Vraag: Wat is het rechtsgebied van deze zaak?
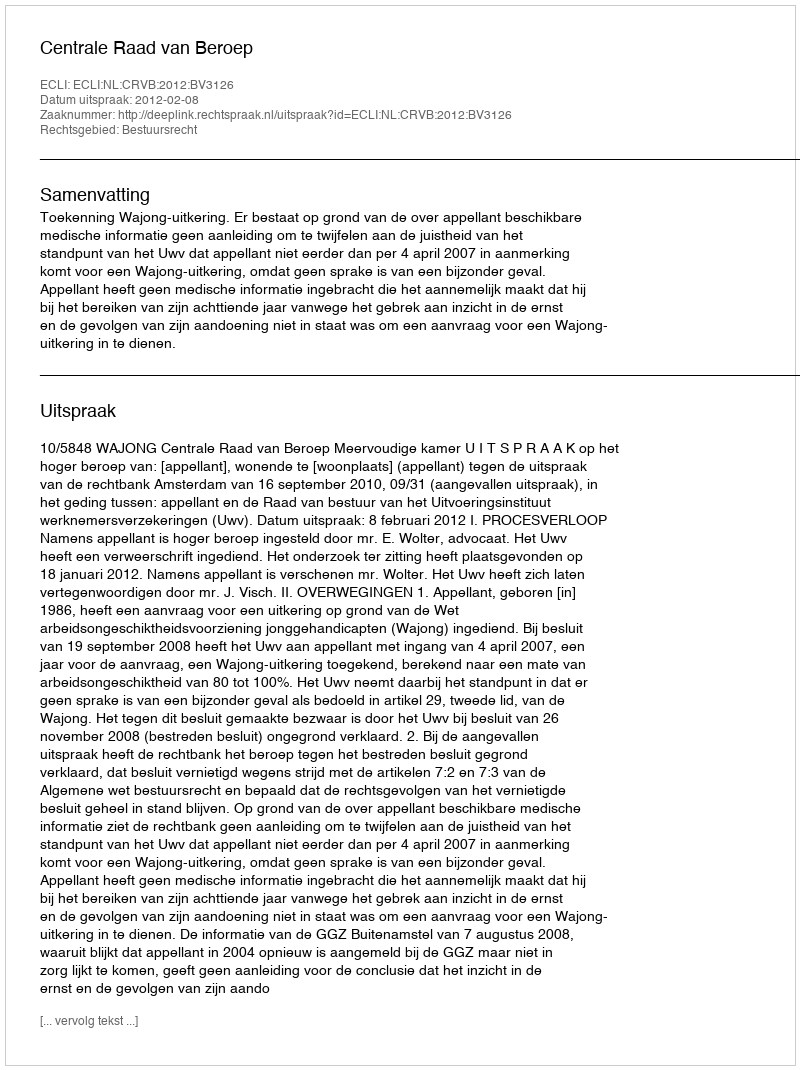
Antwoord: Bestuursrecht